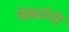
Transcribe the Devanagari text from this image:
बेर्ड्यांनी